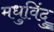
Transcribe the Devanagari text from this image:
मधुविंदु